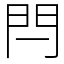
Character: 閂